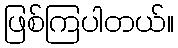
ဖြစ်ကြပါတယ်။